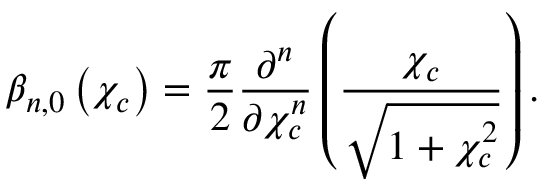
\beta _ { n , 0 } \left( \chi _ { c } \right) = \frac { \pi } { 2 } \frac { \partial ^ { n } } { \partial \chi _ { c } ^ { n } } \left( \frac { \chi _ { c } } { \sqrt { 1 + \chi _ { c } ^ { 2 } } } \right) .